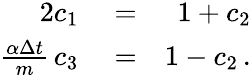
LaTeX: \begin{array}{rlr}{2c_{1}}&{{}=}&{1+c_{2}}\\ {\frac{\alpha\Delta{t}}{m}\, c_{3}}&{{}=}&{1-c_{2}\, .}\end{array}